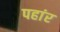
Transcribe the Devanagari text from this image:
पहांर